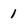
Character: 1